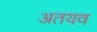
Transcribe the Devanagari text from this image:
अतयव